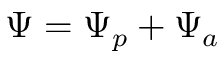
\Psi = \Psi _ { p } + \Psi _ { a }